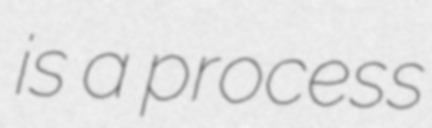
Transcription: is a process